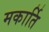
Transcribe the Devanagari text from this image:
मकार्ति